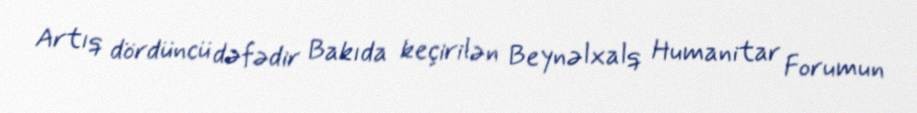
Artıq dördüncü dəfədir Bakıda keçirilən Beynəlxalq Humanitar Forumun